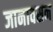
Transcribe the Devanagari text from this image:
जानावसन